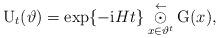
LaTeX: \begin{align*} \mathrm{U}_t(\vartheta)=\exp\{-\mathrm{i}Ht\}\underset{{x\in\vartheta^t}}{\overset{\leftarrow}{\odot}} \mathrm{G}(x), \end{align*}